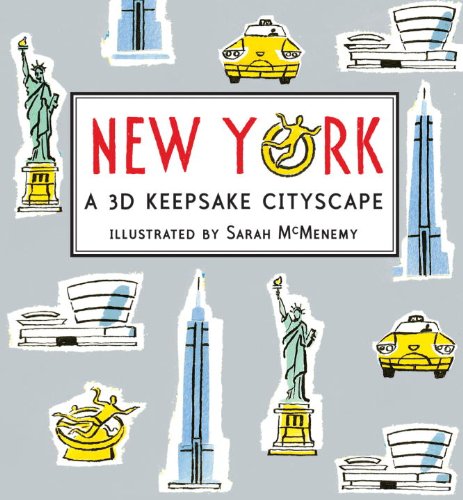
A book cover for New York: Panorama Pops; Sarah McMenemy; Children's Books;